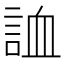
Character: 𧧓